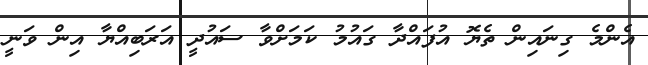
އެންމެ ގިނައިން ތެޔޮ އުފައްދާ ގައުމު ކަމަށްވާ ސައުދީ އަރަބިއްޔާ އިން ވަނީ